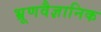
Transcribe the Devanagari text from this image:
भ्रूणवैज्ञानिक